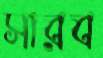
সারব